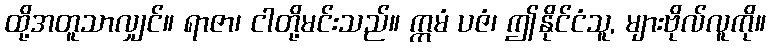
ထို့အတူသာလျှင်။ ရာဇာ၊ ငါတို့မင်းသည်။ ဣမံ ပဇံ၊ ဤနိုင်ငံသူ, များဗိုလ်လူကို။